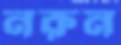
নরুন